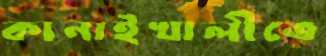
কানাইখালীতে